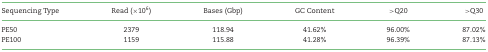
<table><thead><tr><td><b>Sequencing Type</b></td><td><b>Read (×10<sup>6</sup>)</b></td><td><b>Bases (Gbp)</b></td><td><b>GC Content</b></td><td><b>&gt;Q20</b></td><td><b>&gt;Q30</b></td></tr></thead><tbody><tr><td>PE50</td><td>2379</td><td>118.94</td><td>41.62%</td><td>96.00%</td><td>87.02%</td></tr><tr><td>PE100</td><td>1159</td><td>115.88</td><td>41.28%</td><td>96.39%</td><td>87.13%</td></tr></tbody></table>